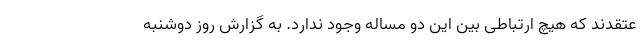
عتقدند که هیچ ارتباطی بین این دو مساله وجود ندارد. به گزارش روز دوشنبه